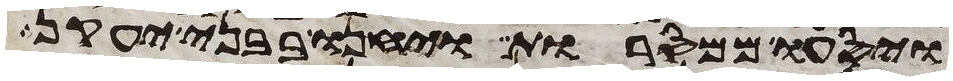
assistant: ויסעו ממסרות ויחנו בבני יעקן